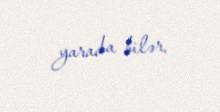
yarada bilər.